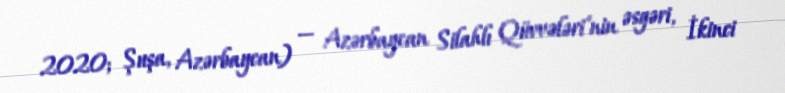
2020; Şuşa, Azərbaycan) — Azərbaycan Silahlı Qüvvələri'nin əsgəri, İkinci